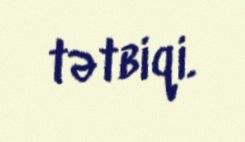
tətbiqi.